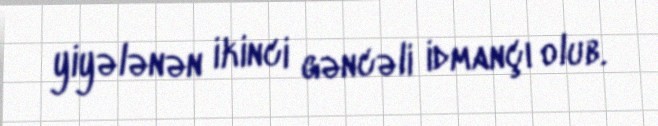
yiyələnən ikinci gəncəli idmançı olub.